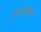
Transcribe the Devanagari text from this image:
एकनताक्षय